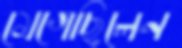
মেগেছিলেন